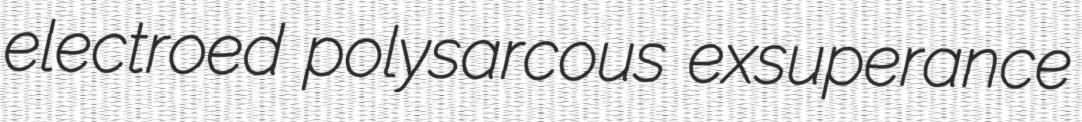
electroed polysarcous exsuperance